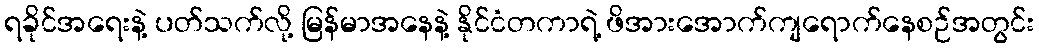
ရခိုင်အရေးနဲ့ ပတ်သက်လို့ မြန်မာအနေနဲ့ နိုင်ငံတကာရဲ့ ဖိအားအောက်ကျရောက်နေစဉ်အတွင်း